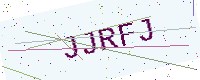
Text: JJRFJ